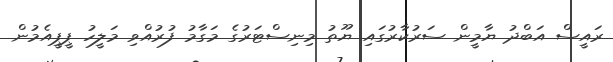
ރައީސް އަބްދު ޔާމީން ސަރުކާރުގައި ޔޫތު މިނިސްޓަރުގެ މަގާމު ފުރުއްވި މަލީހު ޕީޕީއެމުން